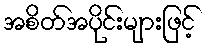
အစိတ်အပိုင်းများဖြင့်